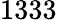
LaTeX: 1333